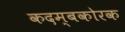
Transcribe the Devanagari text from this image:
कदम्बकोरक